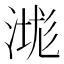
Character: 㴳